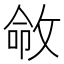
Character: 𫾽